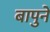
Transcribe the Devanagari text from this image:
बापुने